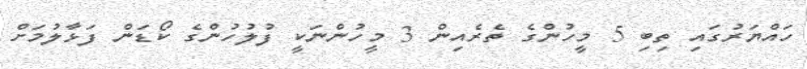
ހައްޔަރުގައި ތިބި 5 މީހުންގެ ތެރެއިން 3 މީހުންނަކީ ފުލުހުންގެ ކޯޑަން ފަޅާލުމަށް